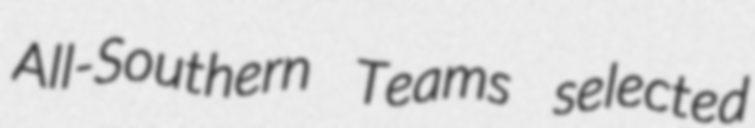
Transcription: All-Southern Teams selected